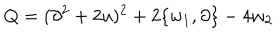
Q = ( \partial ^ { 2 } + 2 u ) ^ { 2 } + 2 \{ w _ { 1 } , \partial \} - 4 w _ { 2 }